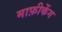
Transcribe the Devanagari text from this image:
माफ़ीकेंग